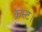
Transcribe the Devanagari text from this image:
क्रस्ट।